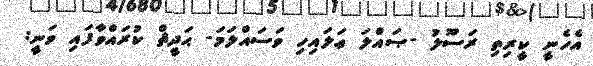
އެހެނީ ކީރިތި ރަސޫލު -ޞައްލަ ޢަލައިހި ވަސައްލަމަ- ޙަދީޘް ކުރައްވާފައި ވަނީ: